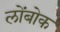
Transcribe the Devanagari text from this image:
लोंबोक